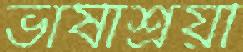
ভাষাশ্রয়ী